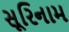
સૂરિનામ